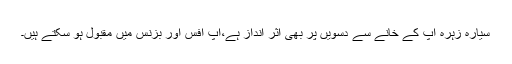
سیارہ زہرہ آپ کے خانے سے دسویں پر بھی اثر انداز ہے،آپ آفس اور بزنس میں مقبول ہو سکتے ہیں۔